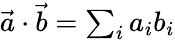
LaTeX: \begin{array}{r}{\vec{a}\cdot\vec{b}=\sum_{i}a_{i}b_{i}}\end{array}